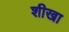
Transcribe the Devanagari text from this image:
शीखा